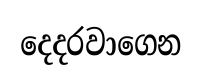
දෙදරවාගෙන